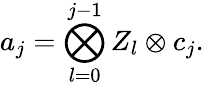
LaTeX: a_{j}=\bigotimes_{l=0}^{j-1}Z_{l}\otimes c_{j}.